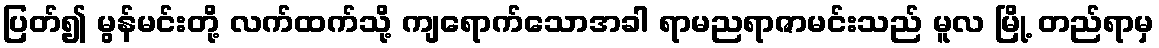
ပြတ်၍ မွန်မင်းတို့ လက်ထက်သို့ ကျရောက်သောအခါ ရာမညရာဇာမင်းသည် မူလ မြို့ တည်ရာမှ